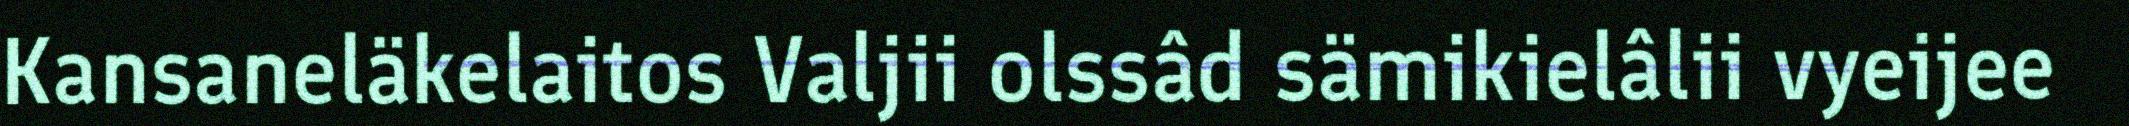
Kansaneläkelaitos Valjii olssâd sämikielâlii vyeijee